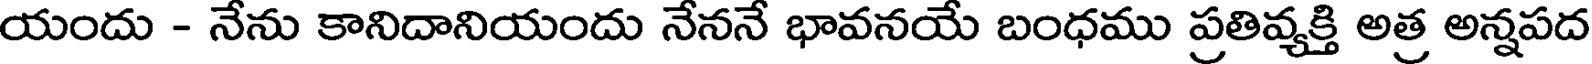
యందు - నేను కానిదానియందు నేననే భావనయే బంధము ప్రతివ్యక్తి అత్ర అన్నపద